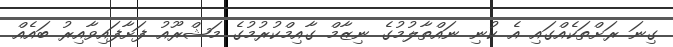
ގިނަ ރަށްތަކެއްގައި އެ ކުނި ނައްތާލުމުގެ ނިޒާމް ގާއިމްކުރުމުގެ މަޝްރޫއު ފަށާފައިވާއިރު ބައެއް